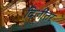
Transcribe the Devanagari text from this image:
दिलीतर